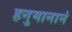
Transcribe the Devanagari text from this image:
हनुमानानं